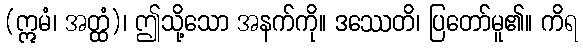
(ဣမံ၊ အတ္ထံ)၊ ဤသို့သော အနက်ကို။ ဒဿေတိ၊ ပြတော်မူ၏။ ကိရ